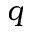
q